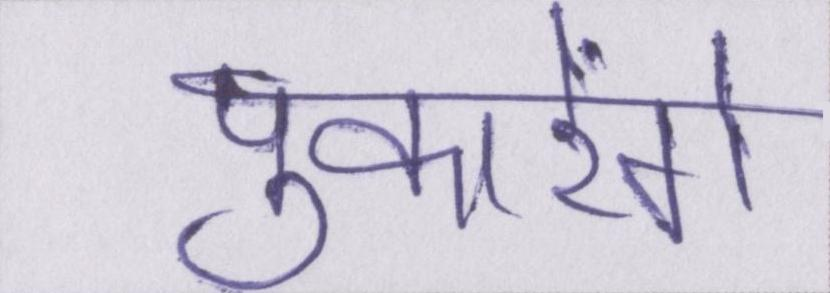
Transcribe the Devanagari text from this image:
पुकारेंगे